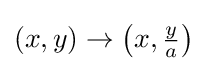
(x,y)\to \left(x,{\tfrac {y}{a}}\right)